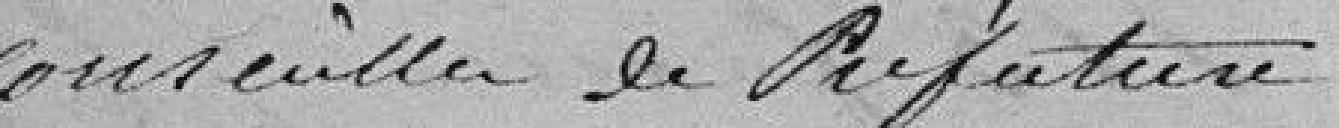
conseiller de Préfecture,